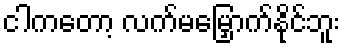
ငါကတော့ လက်မမြှောက်နိုင်ဘူး